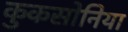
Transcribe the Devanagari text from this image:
कुकसोनिया